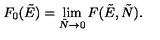
F _ { 0 } ( \tilde { E } ) = \lim _ { \tilde { N } \to 0 } F ( \tilde { E } , \tilde { N } ) .